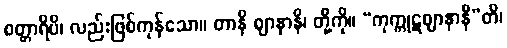
စတ္တာရိပိ၊ လည်းဖြစ်ကုန်သော။ တာနိ ဈာနာနိ၊ တို့ကို။ “ကုက္ကုဋဈာနာနီ”တိ၊